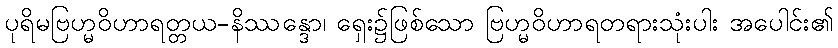
ပုရိမဗြဟ္မဝိဟာရတ္တယ-နိဿန္ဒော၊ ရှေး၌ဖြစ်သော ဗြဟ္မဝိဟာရတရားသုံးပါး အပေါင်း၏